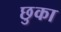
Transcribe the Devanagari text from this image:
छुका